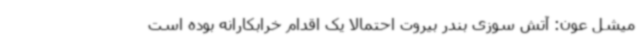
میشل عون: آتش سوزی بندر بیروت احتمالاً یک اقدام خرابکارانه بوده است